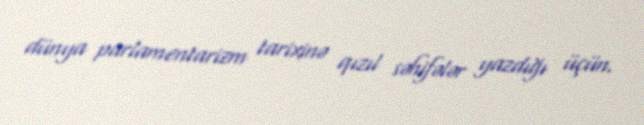
dünya parlamentarizm tarixinə qızıl səhifələr yazdığı üçün.